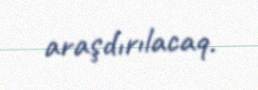
araşdırılacaq.